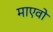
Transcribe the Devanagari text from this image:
माएवो